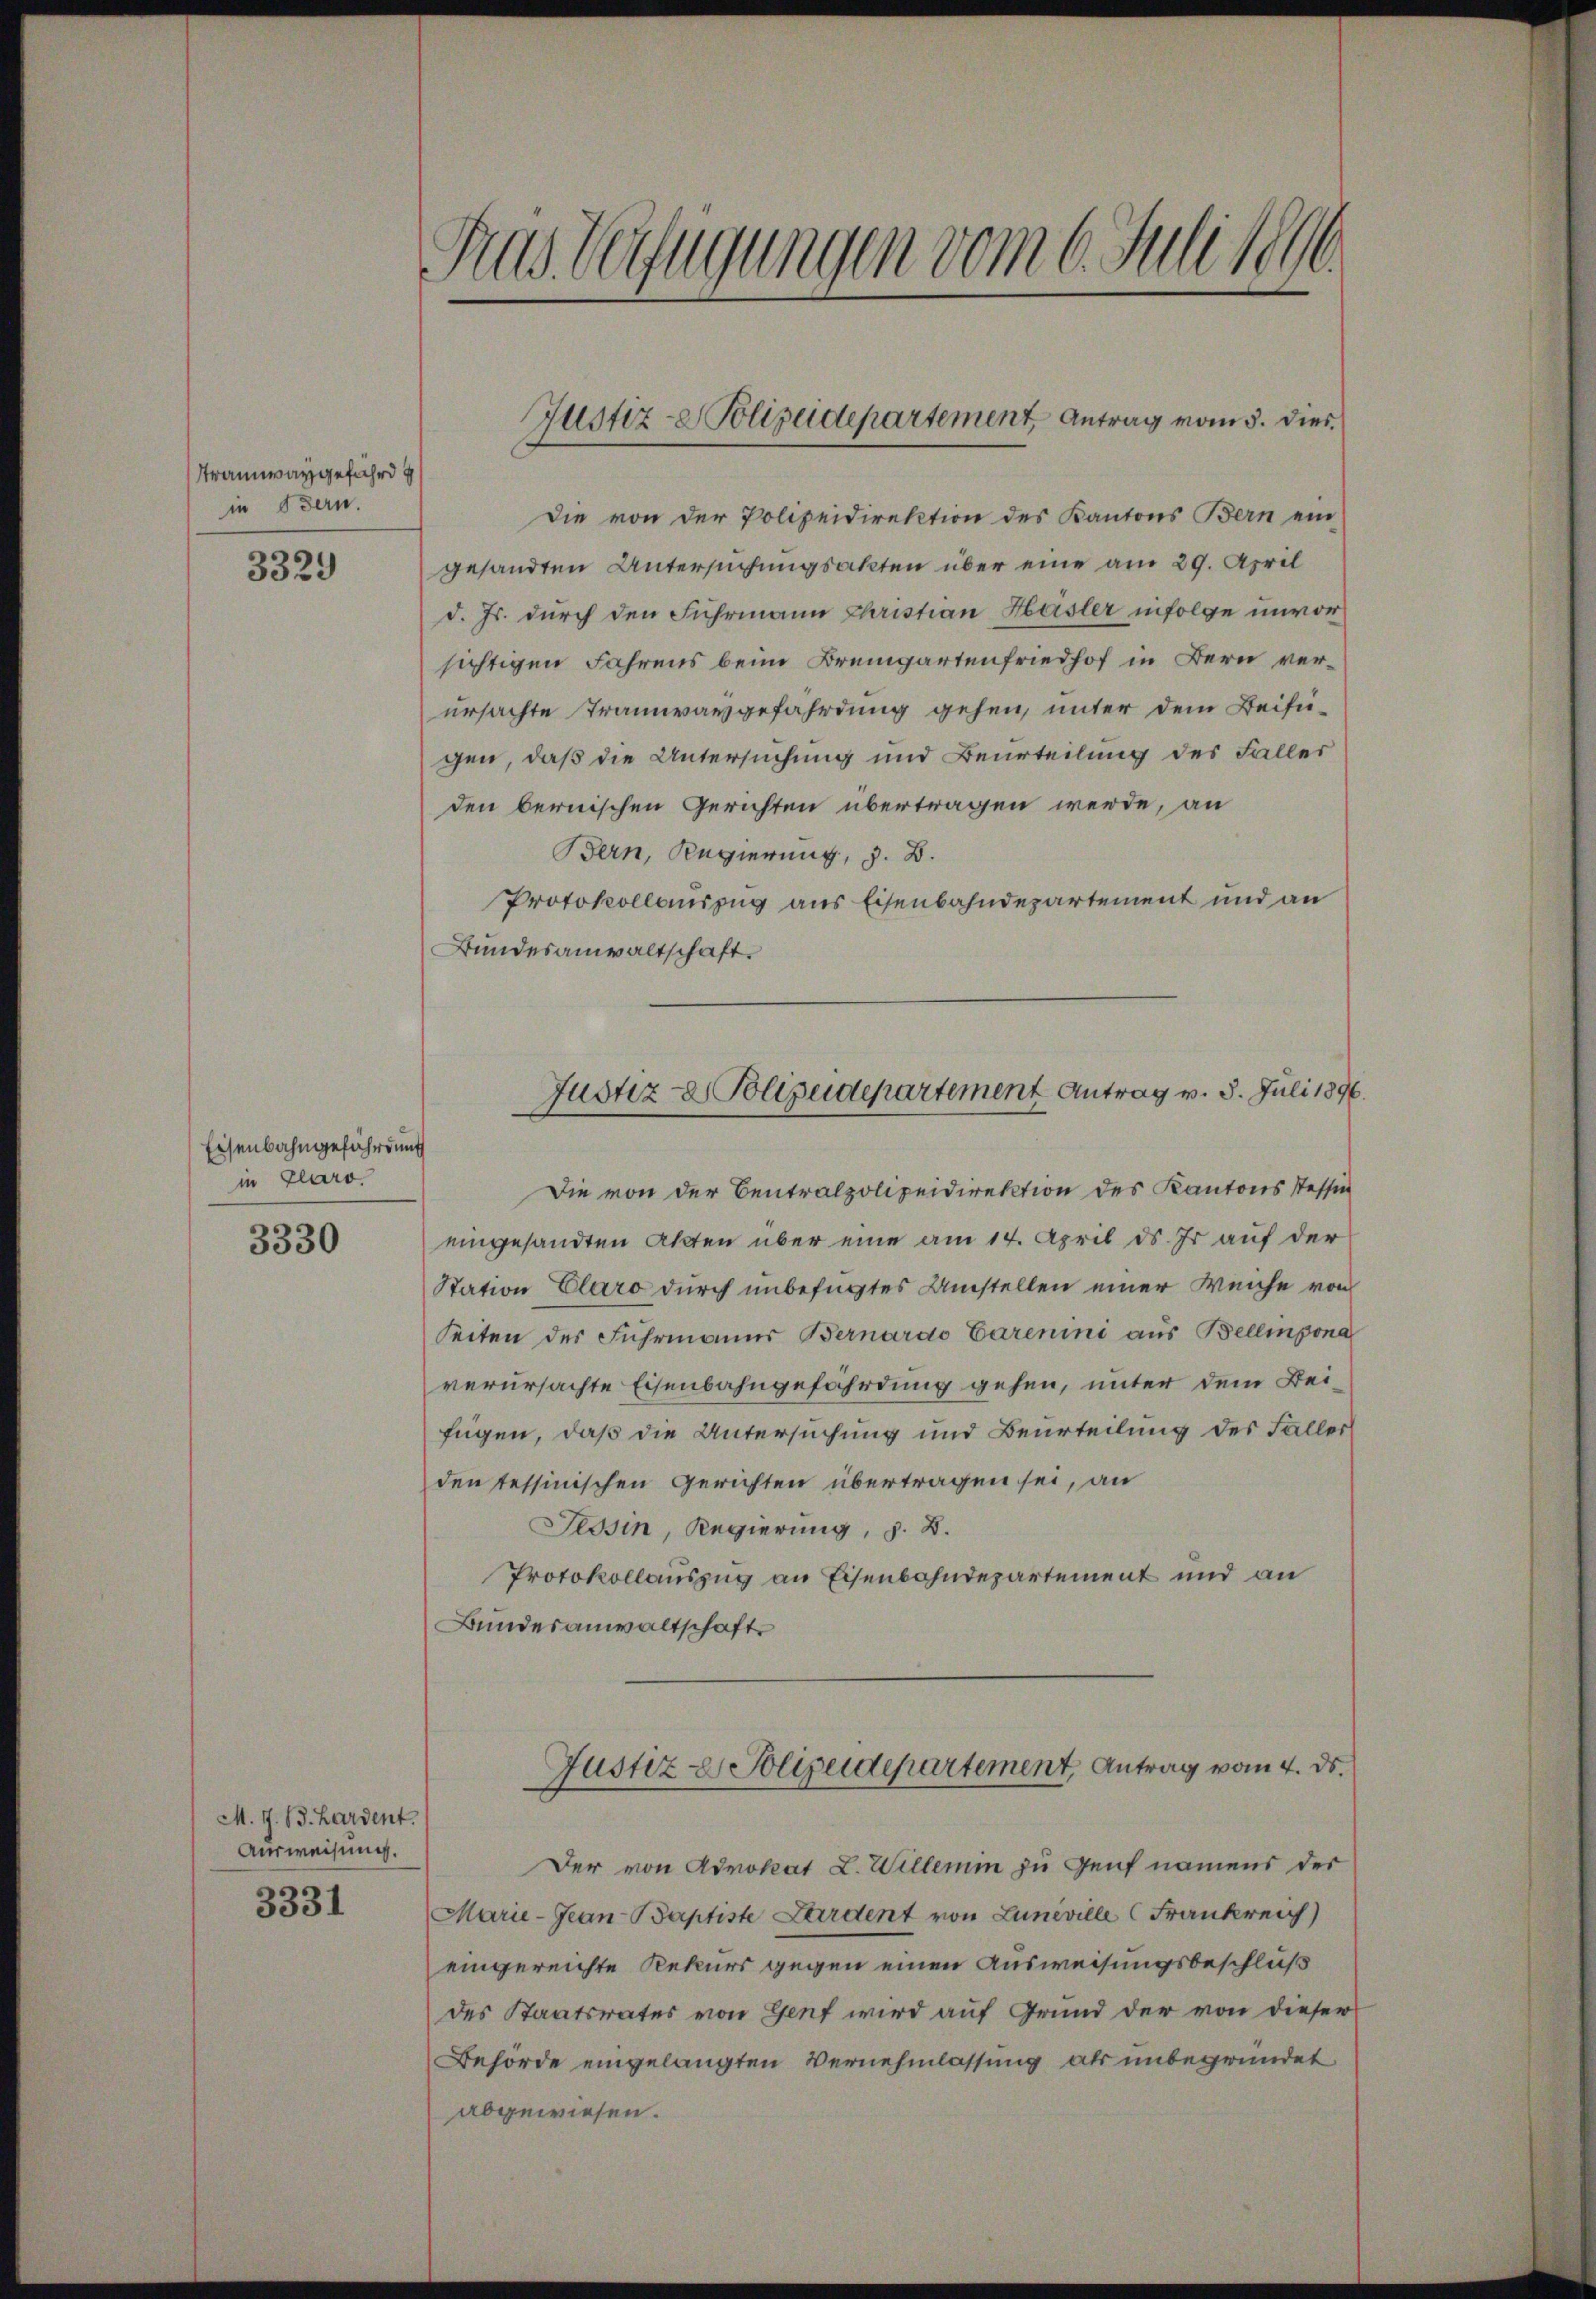
Tramwaygefährdu
in Bern.

3329

Eisenbahngefährdung
in Paro

3330

M. J. 13. Hardent.
Ausweisung.

3331

1
as. Verfügungen vom 6. Juli 1890.

Die von der Polizeidirektion des Kantons Bern ein
gesandten Untersuchungsakten über eine am 29. April
d. Js. durch den Fuhrmann Christian Hasler infolge unvor
sichtigen Fahrens beim Bremgartenfriedhof in Bern verursachte Traunvavgefährdung gehen, unter dem Beifü-
gen, daß die Untersuchung und Beurteilung des Faller
den bernischen Gerichten übertragen werde, an
Bern, Regierung, z. B.
Protokollauszug aus Eisenbahndepartement und an
Bundesanwaltschaft.
Die von der Centralpolizeidirektion des Kantons Tessin
eingesandten Akten über eine am 14. April ds. Er auf der
Station Claro durch unbefugtes Umstellen einer Weiche von
Seiten des Fuhrmanns Bernardo Carenini aus Bellinzona
verursachte Eisenbahngefährdung gehen, unter dem Beifügen, daß die Untersuchung und Beurteilung des Faller
den tessinischen Gerichten übertragen sei, an
Tessin, Regierung, z. B.
Protokollauszug an Eisenbahndepartement und an
Bundesanwaltschaft
Justiz & Polizeidepartement, Antrag vom 4. ds.
Der von Advokat L. Willemin zu Genf namens der
Marie-Gean-Baptiste Zerdent von Luneville Frankreich
eingereichte Rekurs gegen einen Ausweisungsbeschluß
des Staatsrates von Genf wird auf Grund der von dieser
Behörde eingelangten Vernehmlassung als unbegründet
abgewiesen.

Justiz-Polizeidepartement Antrag vom 5. dies

Justiz- & Polizeidepartement Antrag v. 3. Juli 1896